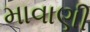
માવાણી